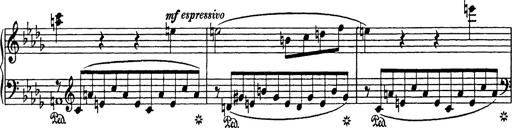
Title: Consolations
Composer: Franz Liszt